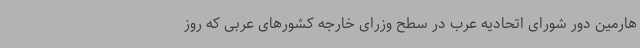
هارمین دور شورای اتحادیه عرب در سطح وزرای خارجه کشورهای عربی که روز